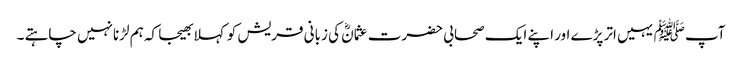
آپ ﷺیہیں اتر پڑے اور اپنے ایک صحابی حضرت عثمانؓ کی زبانی قریش کو کہلا بھیجا کہ ہم لڑنانہیں چاہتے ۔